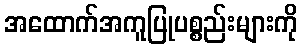
အထောက်အကူပြုပစ္စည်းများကို